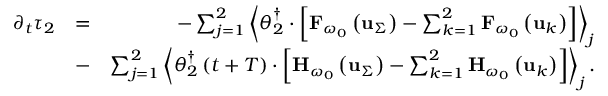
\begin{array} { r l r } { \partial _ { t } \tau _ { 2 } } & { = } & { - \sum _ { j = 1 } ^ { 2 } \left\langle \boldsymbol { \theta } _ { 2 } ^ { \dagger } \cdot \left[ { \bf F } _ { \omega _ { 0 } } \left( { \bf u } _ { \Sigma } \right) - \sum _ { k = 1 } ^ { 2 } { \bf F } _ { \omega _ { 0 } } \left( { \bf u } _ { k } \right) \right] \right\rangle _ { j } } \\ & { - } & { \sum _ { j = 1 } ^ { 2 } \left\langle \boldsymbol { \theta } _ { 2 } ^ { \dagger } \left( t + T \right) \cdot \left[ { \bf H } _ { \omega _ { 0 } } \left( { \bf u } _ { \Sigma } \right) - \sum _ { k = 1 } ^ { 2 } { \bf H } _ { \omega _ { 0 } } \left( { \bf u } _ { k } \right) \right] \right\rangle _ { j } . } \end{array}